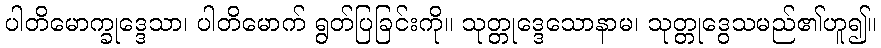
ပါတိမောက္ခုဒ္ဒေသာ၊ ပါတိမောက် ရွတ်ပြခြင်းကို။ သုတ္တုဒ္ဒေသောနာမ၊ သုတ္တုဒွေသမည်၏ဟူ၍။